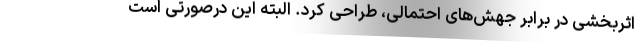
اثربخشی در برابر جهش‌های احتمالی، طراحی کرد. البته این درصورتی است